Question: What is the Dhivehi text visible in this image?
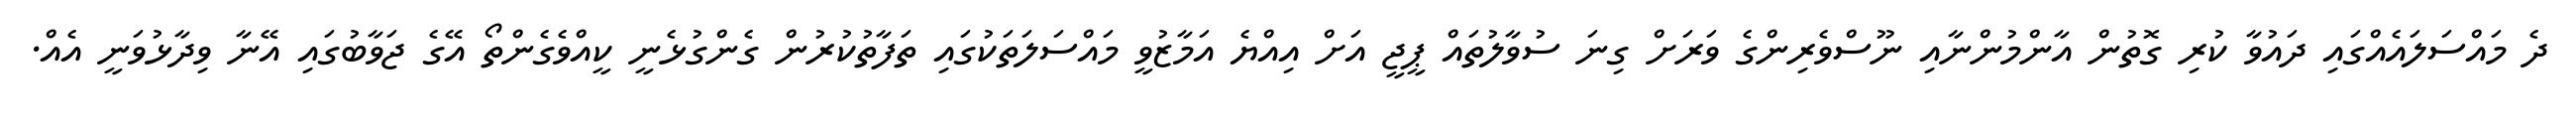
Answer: ދެ މައްސަލައެއްގައި ދައުވާ ކުރި ގޮތުން އާންމުންނާއި ނޫސްވެރިންގެ ވަރަށް ގިނަ ސުވާލުތައް ޕީޖީ އަށް އިއްޔެ އަމާޒުވީ މައްސަލަތަކުގައި ތަފާތުކުރުން ގެންގުޅެނީ ކީއްވެގެންތޯ އޭގެ ޖަވާބުގައި އޭނާ ވިދާޅުވަނީ އެއް.